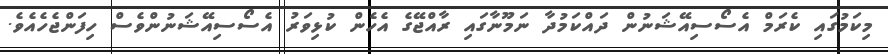
މިކަމުގައި ކެރަމް އެސޯސިއޭޝަނުން ދައްކަމުދާ ނަމޫނާގައި ރާއްޖޭގެ އެހެން ކުޅިވަރު އެސޯސިއޭޝަނުންވެސް ހިފަންޖެހެއެވެ.